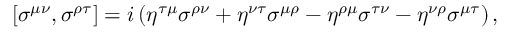
\left[ \sigma ^ { \mu \nu } , \sigma ^ { \rho \tau } \right] = i \left( \eta ^ { \tau \mu } \sigma ^ { \rho \nu } + \eta ^ { \nu \tau } \sigma ^ { \mu \rho } - \eta ^ { \rho \mu } \sigma ^ { \tau \nu } - \eta ^ { \nu \rho } \sigma ^ { \mu \tau } \right) ,